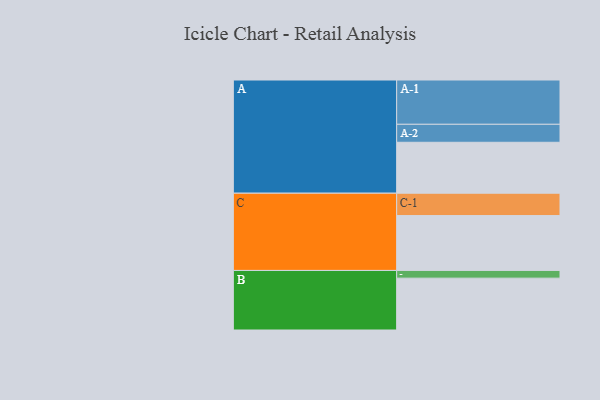
{"axis": {"x": "Segment", "y": "Value"}, "legend": ["", "A", "B", "C"], "data": [{"x": "A", "y": 337, "type": ""}, {"x": "B", "y": 343, "type": ""}, {"x": "C", "y": 363, "type": ""}, {"x": "A-1", "y": 293, "type": "A"}, {"x": "A-2", "y": 119, "type": "A"}, {"x": "B-1", "y": 51, "type": "B"}, {"x": "C-1", "y": 148, "type": "C"}]}